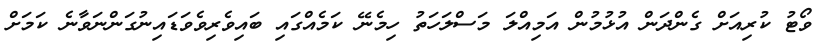
ވޯޓު ކުރިއަށް ގެންދަން އުޅުމުން އަމިއްލަ މަސްލަހަތު ހިމެނޭ ކަމެއްގައި ބައިވެރިވެވަޑައިނުގަންނަވާނެ ކަމަށް